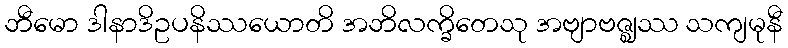
ဘီမော ဒါနာဒိဥပနိဿယောတိ အဘိလက္ခိတေသု အဗျာဗဇ္ဈဿ သကျမုနီ